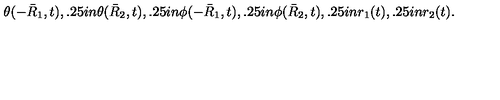
\theta ( - \bar { R } _ { 1 } , t ) , \kern 0 . 2 5 i n \theta ( \bar { R } _ { 2 } , t ) , \kern 0 . 2 5 i n \phi ( - \bar { R } _ { 1 } , t ) , \kern 0 . 2 5 i n \phi ( \bar { R } _ { 2 } , t ) , \kern 0 . 2 5 i n r _ { 1 } ( t ) , \kern 0 . 2 5 i n r _ { 2 } ( t ) .